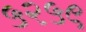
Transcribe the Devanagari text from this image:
५२५९